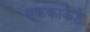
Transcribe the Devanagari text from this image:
एककाकडे